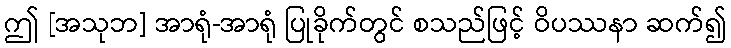
ဤ [အသုဘ] အာရုံ-အာရုံ ပြုခိုက်တွင် စသည်ဖြင့် ဝိပဿနာ ဆက်၍